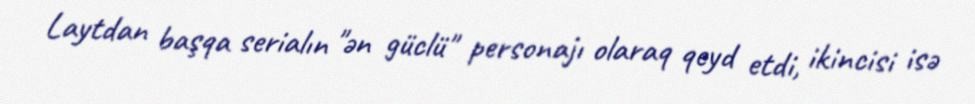
Laytdan başqa serialın "ən güclü" personajı olaraq qeyd etdi, ikincisi isə